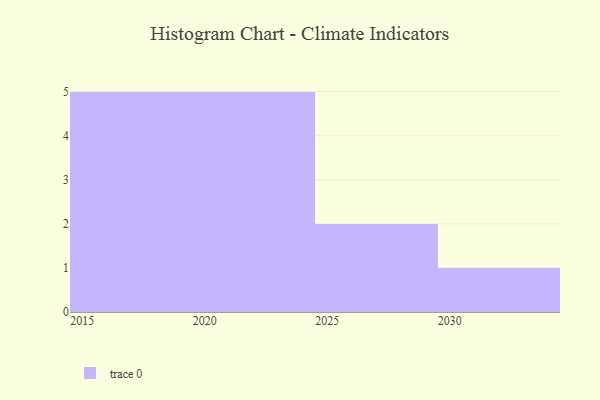
{"axis": {"x": "Year", "y": "Conversion Rate (%)"}, "legend": [""], "data": [{"x": "2020", "y": 63, "type": ""}, {"x": "2028", "y": 68, "type": ""}, {"x": "2015", "y": 17, "type": ""}, {"x": "2030", "y": 84, "type": ""}, {"x": "2021", "y": 68, "type": ""}, {"x": "2018", "y": 41, "type": ""}, {"x": "2023", "y": 21, "type": ""}, {"x": "2027", "y": 51, "type": ""}, {"x": "2019", "y": 18, "type": ""}, {"x": "2022", "y": 24, "type": ""}, {"x": "2017", "y": 88, "type": ""}, {"x": "2024", "y": 61, "type": ""}, {"x": "2016", "y": 69, "type": ""}]}